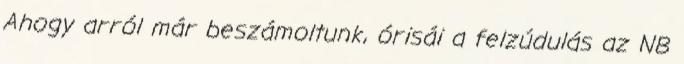
Ahogy arról már beszámoltunk, órisái a felzúdulás az NB